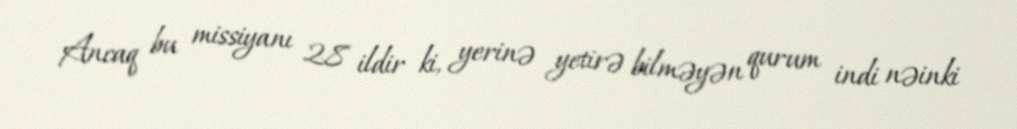
Ancaq bu missiyanı 28 ildir ki, yerinə yetirə bilməyən qurum indi nəinki